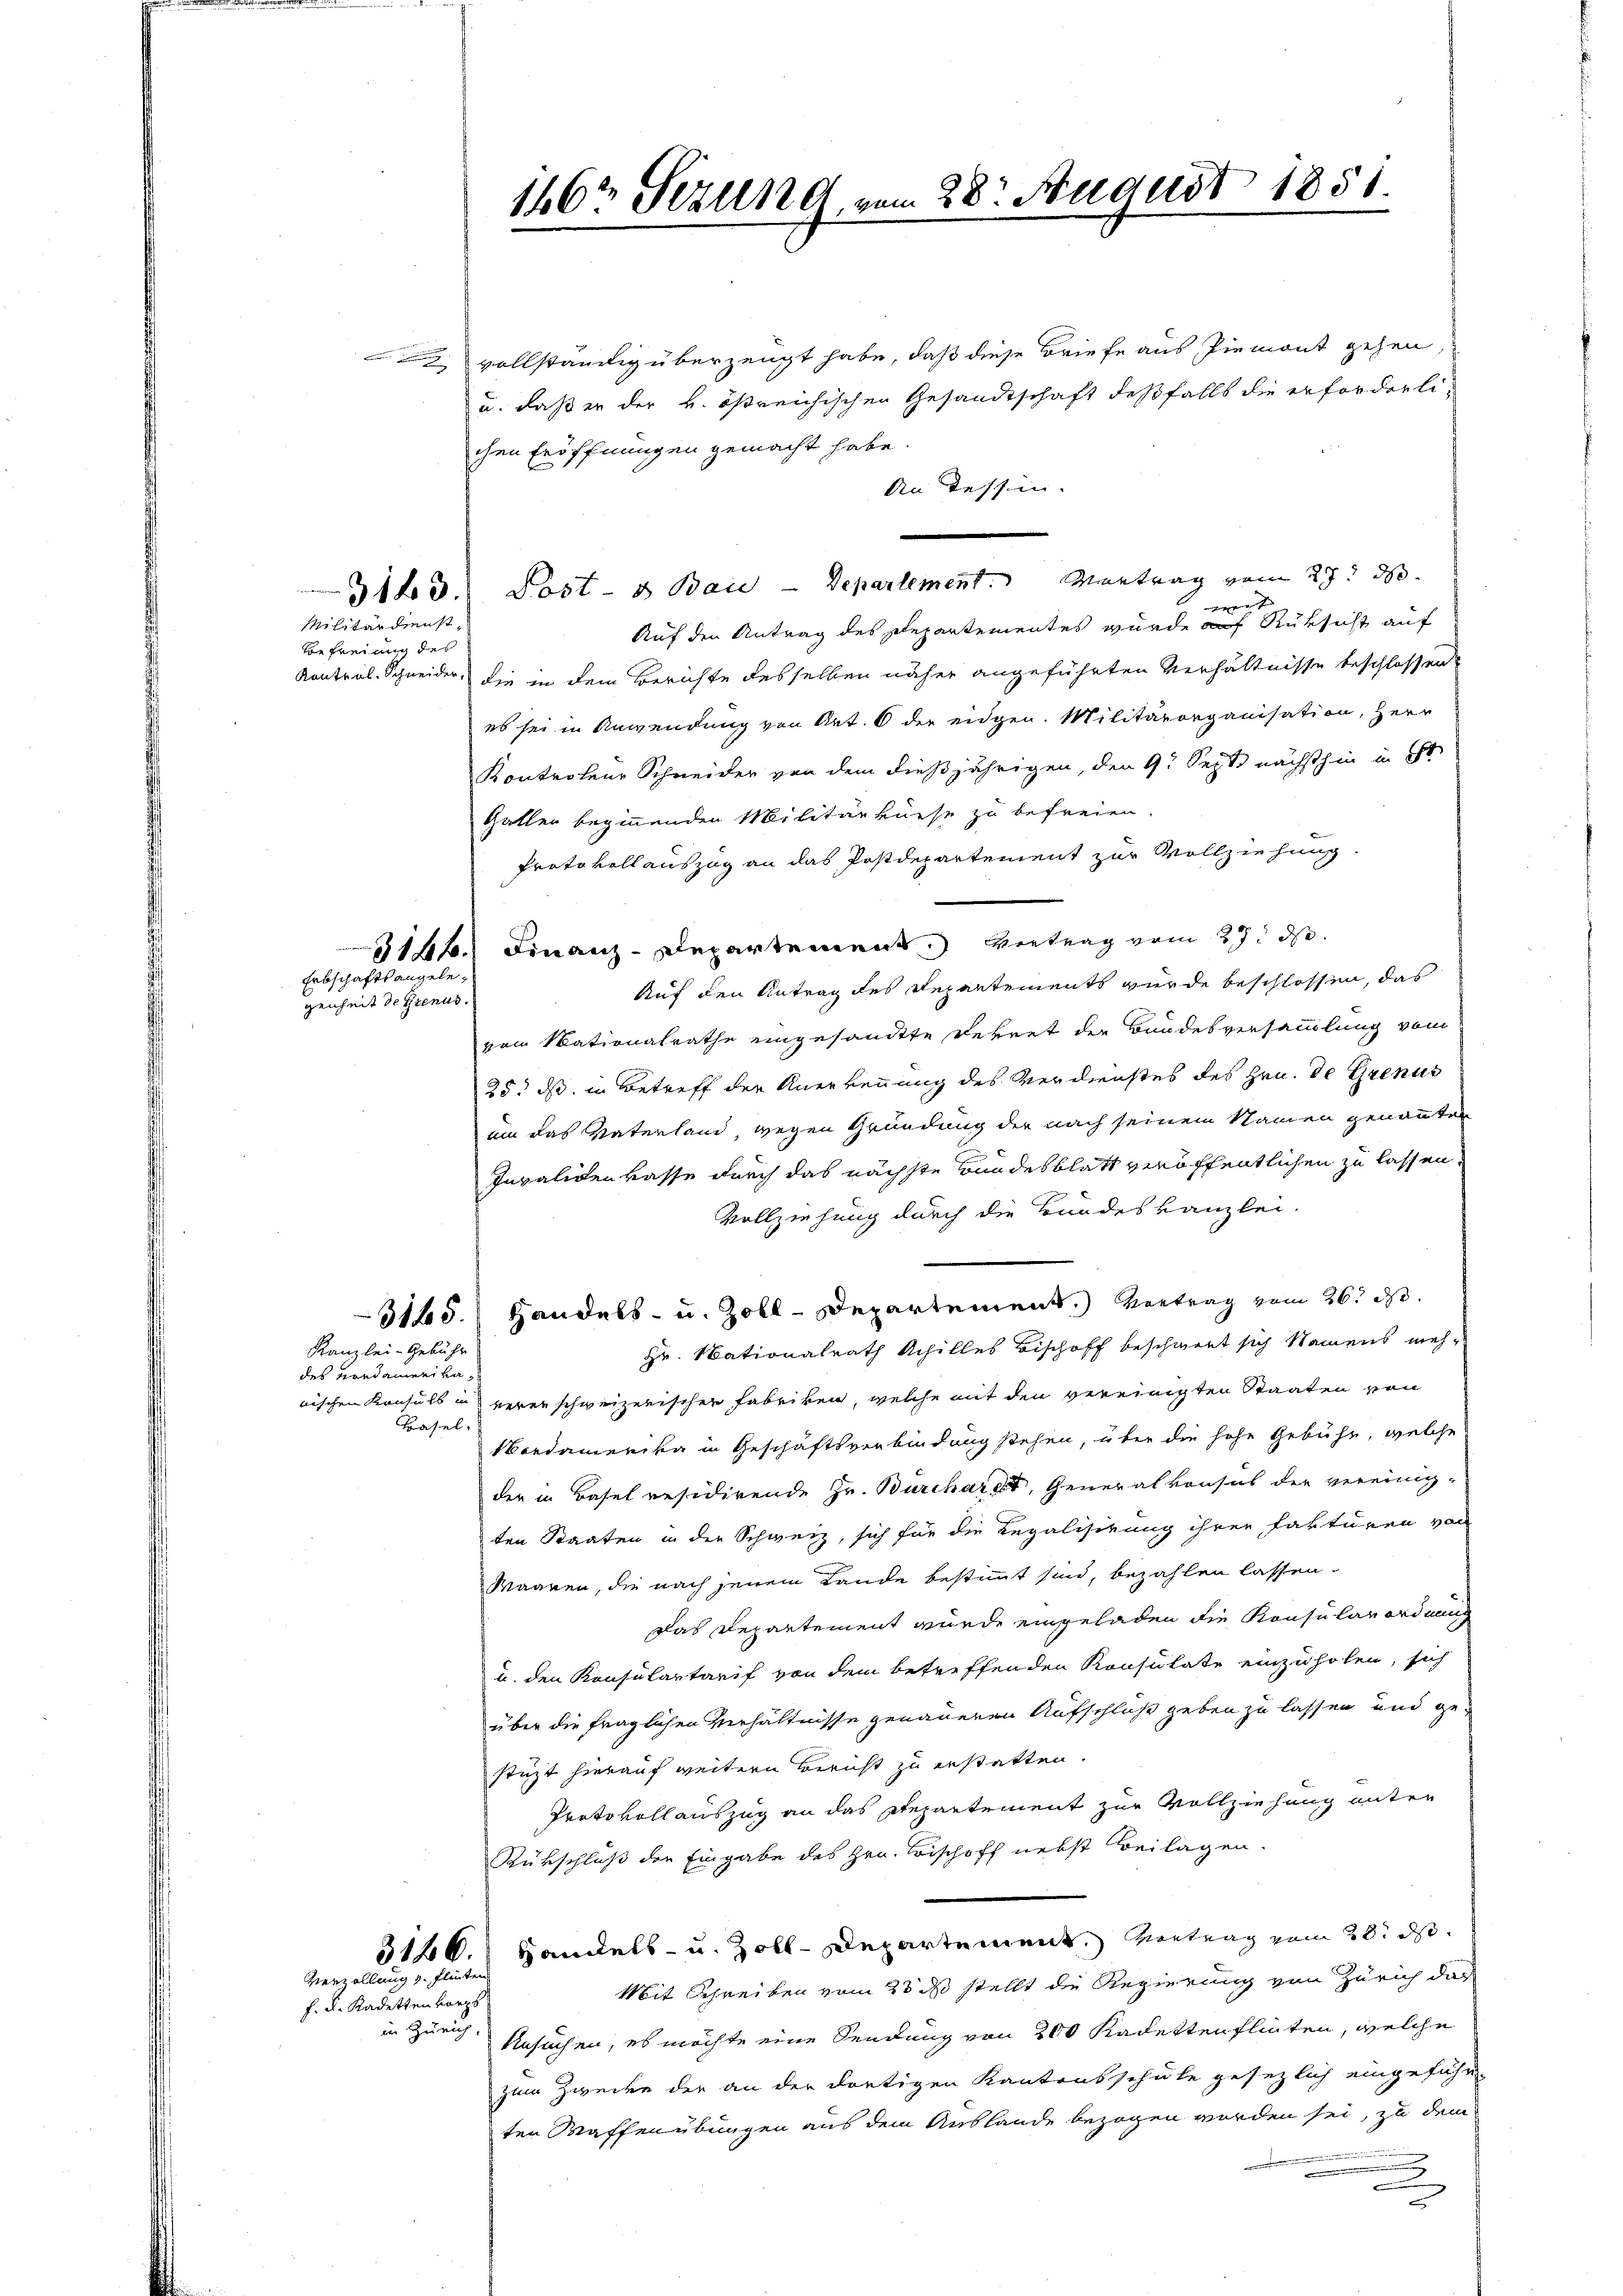
Militärdienst¬
Befreiung des

Erbschaftsangelegenheit de Grenus.

Kanzlei-Gebühr
des verdamerika,

Verzellung v. Platen
f. u. Kadetten vorg

vollständig überzeugt habe, daß diese Briefe aus Piemont gehen,
u. daß er der v. ößreichischen Gesandtschaft desfalls die erforderlichen Eröffnungen gemacht habe.
An Tessin.
313. Post- & Baie - Departement. Mantrag vom 29t 800.
mit
Auf den Antrag des Repartementes wurde auf Rüksicht auf
Kontral-Schneider, die in dem Berichte desselben näher angeführten Verhältnisse beschlossen
es sei in Anwendung von Art. 6 der eidgen. Militärorganisation, Herr
Kontrolene Schneider von dem dießjährigen, den 9t Sept. nächsthin in St
Gallen beginnenden Militärkurse zu befreien.
Protokollauszug an das Postdepartement zur Vollziehung.
146. Finanz-Departement. Vertrag vom 27. ds.
Auf den Antrag des Departements wurde beschlossen, das
vom Mationalrathe eingesandte Rekret der Bundesversammlung vom
25. ds. in Betreff der Anerkennung des Verdienstes des Hrn. de Grenus
um das Vaterland, wegen Gründung der nach seinem Namen genannten
Invalidenkasse durch das nächste Bundesblatt veröffentlichen zu lassen,
Vollziehung durch die Brodeskanzlei.
3145. Handels- u. Zoll-Departement.) Vortrag vom 26. ds.
Hr. Nationalrath Schilles Bischoff beschwert sich Namens meh-
nischen Konsuls in vererschweizerischer Fabriken, welche mit den vereinigten Staaten von
Basel.
Nordamerika in Geschäftsverbindung stehen, über die hohe Gebühr, welche
der in Basel residirende Hr. Burchardt, Generalkonsul der vereinig-
ten Staaten in der Schweiz, sich für die Regalisirung ihren Fakturen von
Waaren, die nach jenem Lande bestimmt sind, bezahlen lassen.
das Departement wurde eingeladen die Konsularordnung
u. den Konsulartarif von dem betreffenden Konsulate einzuholen, sich
über die fraglichen Verhältnisse genaueren Aufschluß geben zu lassen und ge-
stüzt hierauf weitern Bericht zu erstatten.
Protokollauszug an das Repartement zur Vollziehung unter
Rükschluß der Eingabe des Hrn. Bischoff nebst Beilagen.
5126. Handels- u. Zoll-Departement, Vortrag vom 28t d.
Mit Schreiben vom 23. ds stellt die Regierung von Zürich das
in Zürich.
Ansuchen, es möchte eine Sendung von 200 Kadetten flieten, welche
zum Zwecke der an der dortigen Kantonsschule gesezlich eingeführ-
ten Waffenübungen aus dem Auslande bezogen worden sei, zu dem
.
u

166 Sezung vom 28. August 1851.